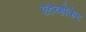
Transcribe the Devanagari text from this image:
एडव्होकेट